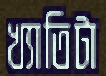
খ্যাতিটা